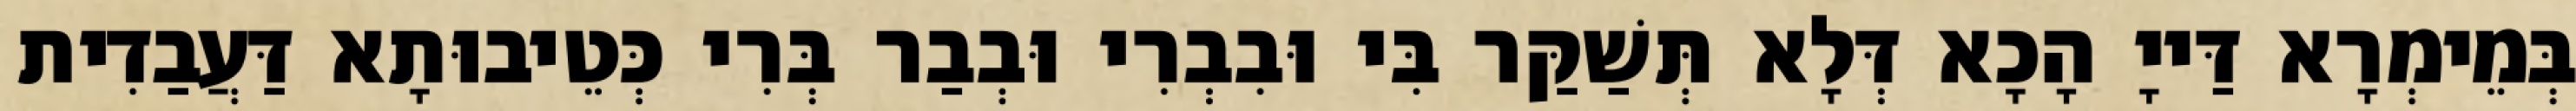
בְּמֵימְרָא דַּייָ הָכָא דְּלָא תְּשַׁקַּר בִּי וּבִבְרִי וּבְבַר בְּרִי כְּטֵיבוּתָא דַּעֲבַדִית